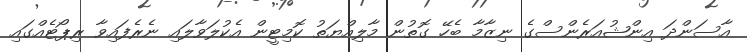
އާސަންދަ އިންޝުއަރެންސްގެ ނިޒާމާ ބެހޭ ގޮތުން މާލިއްޔަތު ކޮމިޓީން އެކުލަވާލައި ނެރެފައިވާ ރިޕޯޓެއްގައި